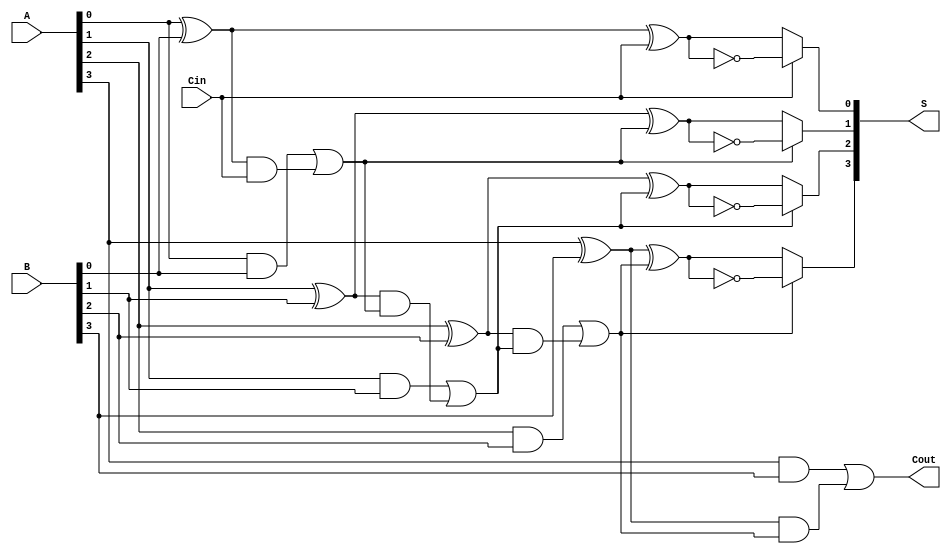
module ConditionalSumAdder #(parameter n = 4) (
    input [n-1:0] A,      // First n-bit input
    input [n-1:0] B,      // Second n-bit input
    input Cin,            // Input carry
    output [n-1:0] S,     // n-bit sum output
    output Cout           // Carry-out
);

    wire [n:0] carry;     // Carry signals
    wire [n-1:0] S0, S1;  // Potential sums
    wire [n-1:0] G, P;    // Generate and Propagate signals

    // Generate and Propagate logic
    genvar i;
    generate
        for (i = 0; i < n; i = i + 1) begin : gen_prop
            assign G[i] = A[i] & B[i]; // Generate
            assign P[i] = A[i] ^ B[i]; // Propagate
        end
    endgenerate

    // Carry computation
    assign carry[0] = Cin; // Initial carry input
    generate
        for (i = 0; i < n; i = i + 1) begin : carry_logic
            assign carry[i + 1] = G[i] | (P[i] & carry[i]);
        end
    endgenerate

    // Sum computation
    generate
        for (i = 0; i < n; i = i + 1) begin : sum_logic
            assign S0[i] = P[i] ^ carry[i]; // Sum if no carry
            assign S1[i] = S0[i] ^ 1'b1;      // Sum if carry is propagated
            assign S[i] = (carry[i] == 1'b1) ? S1[i] : S0[i]; // Conditional sum
        end
    endgenerate

    // Final carry-out
    assign Cout = carry[n];

endmodule